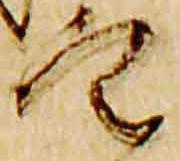
定